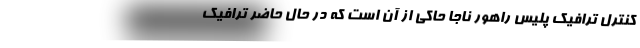
کنترل ترافیک پلیس راهور ناجا حاکی از آن است که در حال حاضر ترافیک